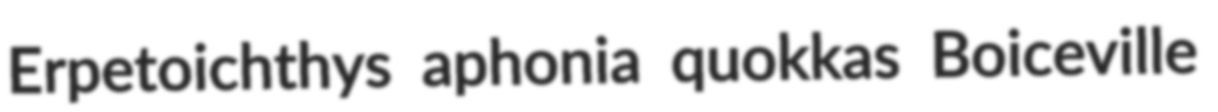
Erpetoichthys aphonia quokkas Boiceville